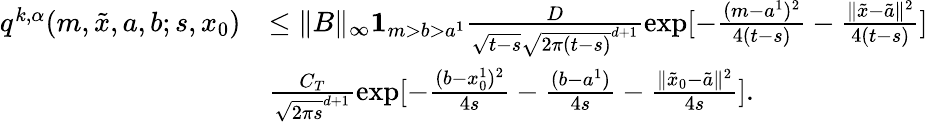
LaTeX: \begin{array}{rl}{q^{k,\alpha}(m,\tilde{x},a,b;s,x_{0})}&{\leq\| B\| _{\infty}{\mathbf 1}_{m>b>a^{1}}\frac{D}{\sqrt{t-s}\sqrt{2\pi(t-s)}^{d+1}}\exp[-\frac{(m-a^{1})^{2}}{4(t-s)}-\frac{\| \tilde{x}-\tilde{a}\| ^{2}}{4(t-s)}]}\\ &{\frac{C_{T}}{\sqrt{2\pi s}^{d+1}}\exp[-\frac{(b-x_{0}^{1})^{2}}{4s}-\frac{(b-a^{1})}{4s}-\frac{\| \tilde{x}_{0}-\tilde{a}\| ^{2}}{4s}].}\end{array}